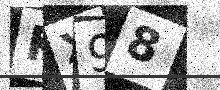
Text: KX98